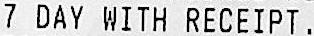
7 DAY WITH RECEIPT.